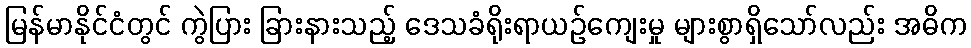
မြန်မာနိုင်ငံတွင် ကွဲပြား ခြားနားသည့် ဒေသခံရိုးရာယဉ်ကျေးမှု များစွာရှိသော်လည်း အဓိက